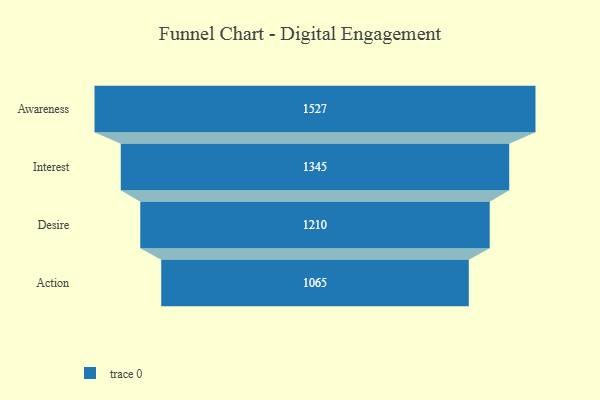
{"axis": {"x": "Stage", "y": "Value"}, "legend": [""], "data": [{"x": "Awareness", "y": 1527.0, "type": ""}, {"x": "Interest", "y": 1345.0, "type": ""}, {"x": "Desire", "y": 1210.0, "type": ""}, {"x": "Action", "y": 1065.0, "type": ""}]}